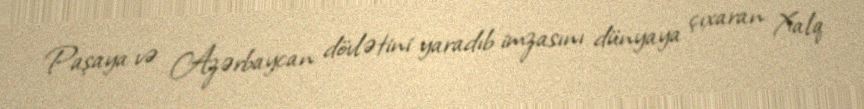
Paşaya və Azərbaycan dövlətini yaradıb imzasını dünyaya çıxaran Xalq